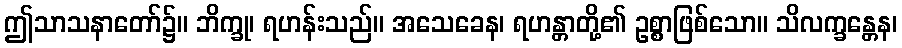
ဤသာသနာတော်၌။ ဘိက္ခု၊ ရဟန်းသည်။ အသေခေန၊ ရဟန္တာတို့၏ ဥစ္စာဖြစ်သော။ သိလက္ခန္တေန၊